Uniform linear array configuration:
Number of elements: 8
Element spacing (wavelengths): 0.5
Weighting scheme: hamming
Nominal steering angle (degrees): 15
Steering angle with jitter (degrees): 14.697
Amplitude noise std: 0.05
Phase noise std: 0.05

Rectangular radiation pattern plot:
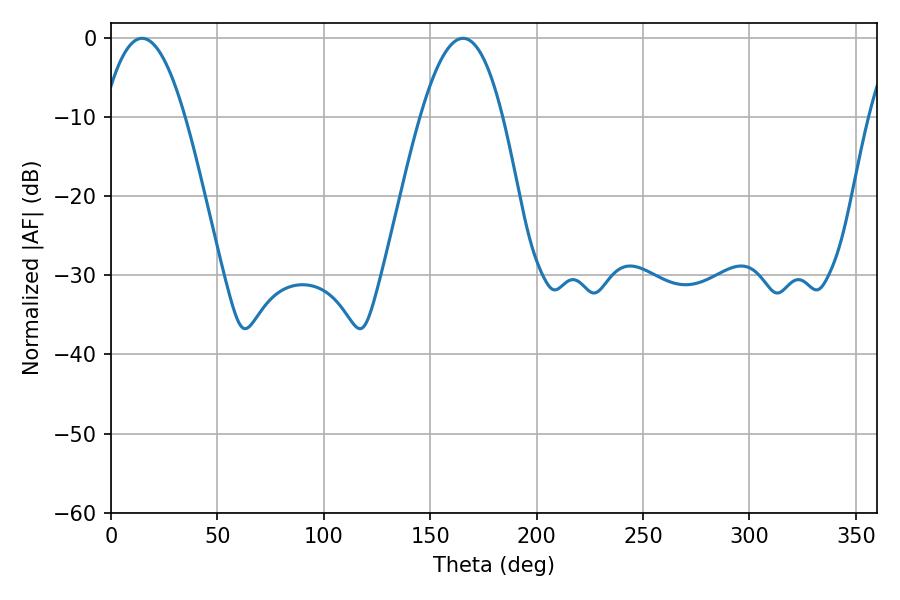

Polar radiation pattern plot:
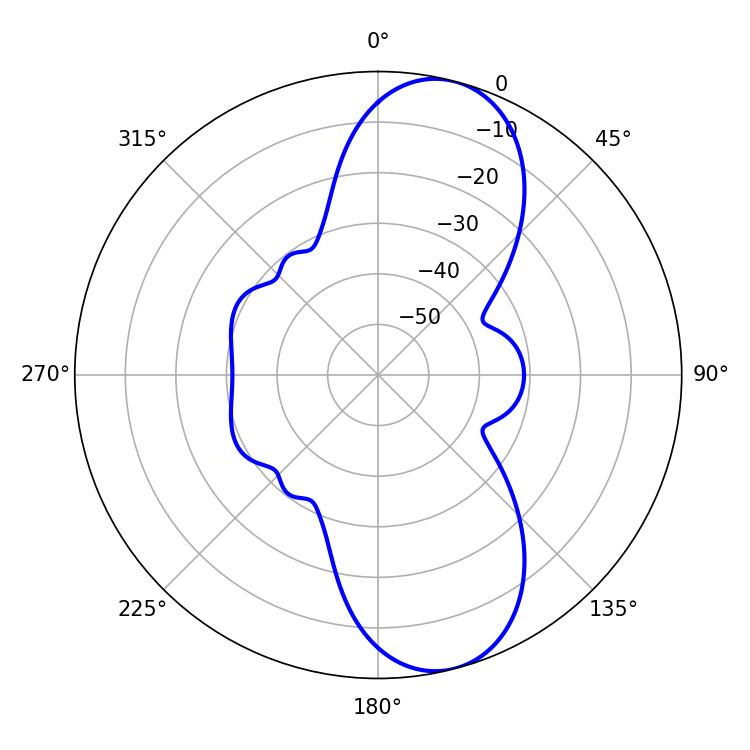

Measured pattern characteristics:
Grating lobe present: FALSE
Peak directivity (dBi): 9.93
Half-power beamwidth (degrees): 21.06
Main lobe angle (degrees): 14.58